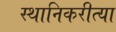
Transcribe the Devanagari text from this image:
स्थानिकरीत्या